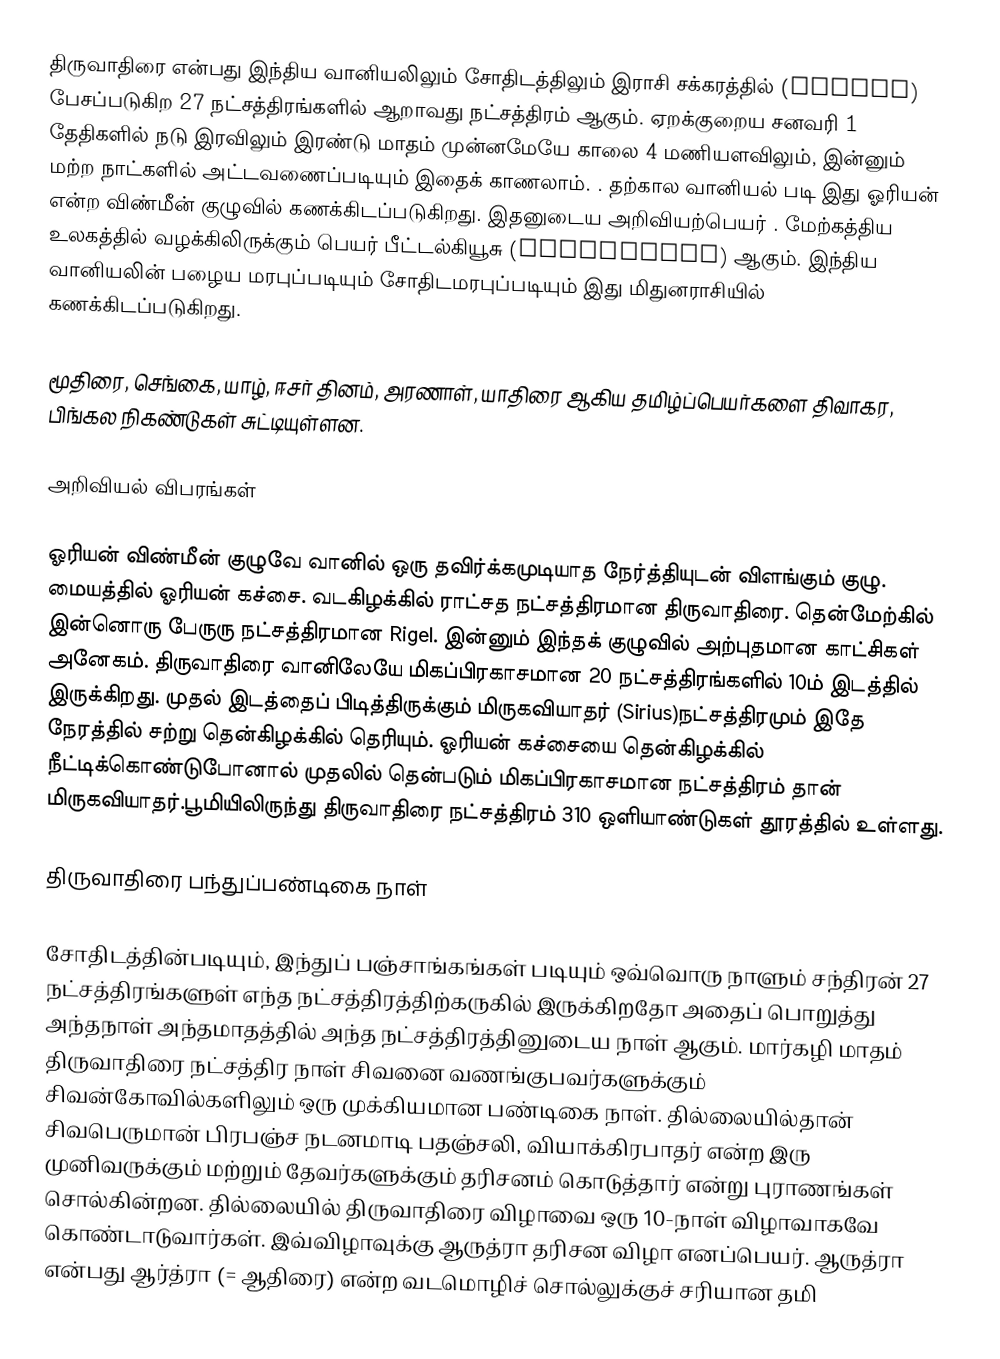
திருவாதிரை என்பது இந்திய வானியலிலும் சோதிடத்திலும் இராசி சக்கரத்தில் (Zodiac) பேசப்படுகிற 27 நட்சத்திரங்களில் ஆறாவது நட்சத்திரம் ஆகும். ஏறக்குறைய சனவரி 1 தேதிகளில் நடு இரவிலும் இரண்டு மாதம் முன்னமேயே காலை 4 மணியளவிலும், இன்னும் மற்ற நாட்களில் அட்டவணைப்படியும் இதைக் காணலாம். . தற்கால வானியல் படி இது ஓரியன் என்ற விண்மீன் குழுவில் கணக்கிடப்படுகிறது. இதனுடைய அறிவியற்பெயர் . மேற்கத்திய உலகத்தில் வழக்கிலிருக்கும் பெயர் பீட்டல்கியூசு (Betelgeuse) ஆகும். இந்திய வானியலின் பழைய மரபுப்படியும் சோதிடமரபுப்படியும் இது மிதுனராசியில் கணக்கிடப்படுகிறது.

மூதிரை, செங்கை, யாழ், ஈசர் தினம், அரணாள், யாதிரை ஆகிய தமிழ்ப்பெயர்களை திவாகர, பிங்கல நிகண்டுகள் சுட்டியுள்ளன.

அறிவியல் விபரங்கள்

ஓரியன் விண்மீன் குழுவே வானில் ஒரு தவிர்க்கமுடியாத நேர்த்தியுடன் விளங்கும் குழு. மையத்தில் ஓரியன் கச்சை. வடகிழக்கில் ராட்சத நட்சத்திரமான திருவாதிரை. தென்மேற்கில் இன்னொரு பேருரு நட்சத்திரமான Rigel. இன்னும் இந்தக் குழுவில் அற்புதமான காட்சிகள் அனேகம். திருவாதிரை வானிலேயே மிகப்பிரகாசமான 20 நட்சத்திரங்களில் 10ம் இடத்தில் இருக்கிறது. முதல் இடத்தைப் பிடித்திருக்கும் மிருகவியாதர் (Sirius)நட்சத்திரமும் இதே நேரத்தில் சற்று தென்கிழக்கில் தெரியும். ஓரியன் கச்சையை தென்கிழக்கில் நீட்டிக்கொண்டுபோனால் முதலில் தென்படும் மிகப்பிரகாசமான நட்சத்திரம் தான் மிருகவியாதர்.பூமியிலிருந்து திருவாதிரை நட்சத்திரம் 310 ஒளியாண்டுகள் தூரத்தில் உள்ளது.

திருவாதிரை பந்துப்பண்டிகை நாள்

சோதிடத்தின்படியும், இந்துப் பஞ்சாங்கங்கள் படியும் ஒவ்வொரு நாளும் சந்திரன் 27 நட்சத்திரங்களுள் எந்த நட்சத்திரத்திற்கருகில் இருக்கிறதோ அதைப் பொறுத்து அந்தநாள் அந்தமாதத்தில் அந்த நட்சத்திரத்தினுடைய நாள் ஆகும். மார்கழி மாதம் திருவாதிரை நட்சத்திர நாள் சிவனை வணங்குபவர்களுக்கும் சிவன்கோவில்களிலும் ஒரு முக்கியமான பண்டிகை நாள். தில்லையில்தான் சிவபெருமான் பிரபஞ்ச நடனமாடி பதஞ்சலி, வியாக்கிரபாதர் என்ற இரு முனிவருக்கும் மற்றும் தேவர்களுக்கும் தரிசனம் கொடுத்தார் என்று புராணங்கள் சொல்கின்றன. தில்லையில் திருவாதிரை விழாவை ஒரு 10-நாள் விழாவாகவே கொண்டாடுவார்கள். இவ்விழாவுக்கு ஆருத்ரா தரிசன விழா எனப்பெயர். ஆருத்ரா என்பது ஆர்த்ரா (= ஆதிரை) என்ற வடமொழிச் சொல்லுக்குச் சரியான தமி